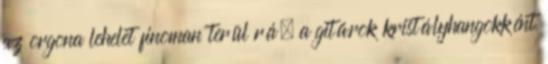
az orgona lehelet finoman terül rá, a gitárok kristályhangokként